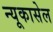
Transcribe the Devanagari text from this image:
न्यूकासेल